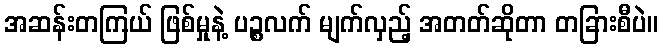
အဆန်းတကြယ် ဖြစ်မှုနဲ့ ပဉ္စလက် မျက်လှည့် အတတ်ဆိုတာ တခြားစီပဲ။